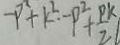
- P ^ { 2 } + k ^ { 2 } - P ^ { 2 } + \frac { p k } { 2 }